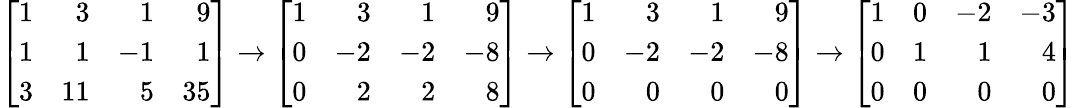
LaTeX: \left[{\begin{array}{rrrr}{1}&{3}&{1}&{9}\\ {1}&{1}&{-1}&{1}\\ {3}&{11}&{5}&{35}\end{array}}\right]\to\left[{\begin{array}{rrrr}{1}&{3}&{1}&{9}\\ {0}&{-2}&{-2}&{-8}\\ {0}&{2}&{2}&{8}\end{array}}\right]\to\left[{\begin{array}{rrrr}{1}&{3}&{1}&{9}\\ {0}&{-2}&{-2}&{-8}\\ {0}&{0}&{0}&{0}\end{array}}\right]\to\left[{\begin{array}{rrrr}{1}&{0}&{-2}&{-3}\\ {0}&{1}&{1}&{4}\\ {0}&{0}&{0}&{0}\end{array}}\right]